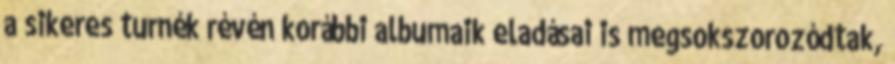
a sikeres turnék révén korábbi albumaik eladásai is megsokszorozódtak,